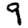
Digit: 9